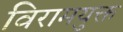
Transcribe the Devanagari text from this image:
विरामयुक्त